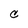
Character: C